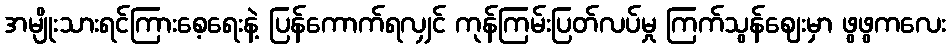
အမျိုးသားရင်ကြားစေ့ရေးနဲ့ ပြန်ကောက်ရလျှင် ကုန်ကြမ်းပြတ်လပ်မှု ကြက်သွန်ဈေးမှာ ဖွဖွကလေး